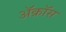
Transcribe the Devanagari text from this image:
ॲक्रॉस